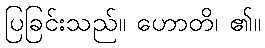
ပြခြင်းသည်။ ဟောတိ၊ ၏။